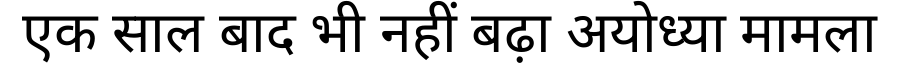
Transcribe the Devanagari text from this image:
एक साल बाद भी नहीं बढ़ा अयोध्या मामला